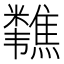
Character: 𫃗